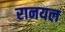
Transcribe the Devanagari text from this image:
रानयल